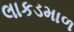
લાકડમાળ